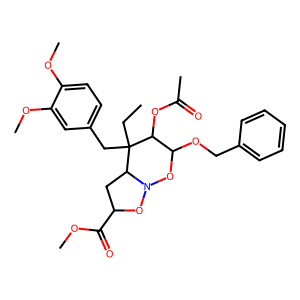
SMILES: CCC1(Cc2ccc(OC)c(OC)c2)C(OC(C)=O)C(OCc2ccccc2)ON2OC(C(=O)OC)CC21
Inhibits HIV replication: No